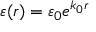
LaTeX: \varepsilon ( r ) = \varepsilon _ { 0 } e ^ { k _ { 0 } r }